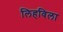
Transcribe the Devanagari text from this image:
लिहविला